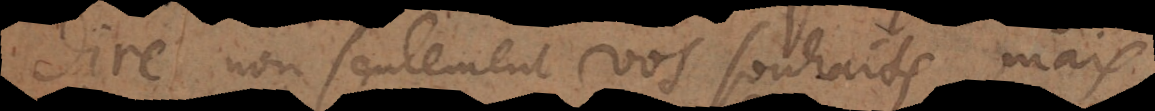
dire non seulement vos souhaits, mais